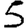
Digit: 5